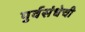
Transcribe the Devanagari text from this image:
पुर्वसंधेची